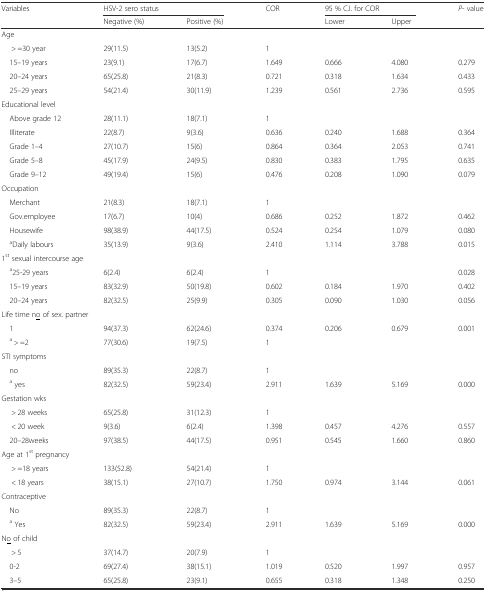
<table><thead><tr><td rowspan="2"><b>Variables</b></td><td colspan="2"><b>HSV-2 sero status</b></td><td rowspan="2"><b>COR</b></td><td colspan="2"><b>95 % C.I. for COR</b></td><td rowspan="2"><b><i>P</i>- value</b></td></tr><tr><td><b>Negative (%)</b></td><td><b>Positive (%)</b></td><td><b>Lower</b></td><td><b>Upper</b></td></tr></thead><tbody><tr><td colspan="7">Age</td></tr><tr><td>&gt; =30 year</td><td>29(11.5)</td><td>13(5.2)</td><td>1</td><td>[EMPTY_CELL]</td><td>[EMPTY_CELL]</td><td>[EMPTY_CELL]</td></tr><tr><td> 15–19 years</td><td>23(9.1)</td><td>17(6.7)</td><td>1.649</td><td>0.666</td><td>4.080</td><td>0.279</td></tr><tr><td> 20–24 years</td><td>65(25.8)</td><td>21(8.3)</td><td>0.721</td><td>0.318</td><td>1.634</td><td>0.433</td></tr><tr><td> 25–29 years</td><td>54(21.4)</td><td>30(11.9)</td><td>1.239</td><td>0.561</td><td>2.736</td><td>0.595</td></tr><tr><td colspan="7">Educational level</td></tr><tr><td> Above grade 12</td><td>28(11.1)</td><td>18(7.1)</td><td>1</td><td>[EMPTY_CELL]</td><td>[EMPTY_CELL]</td><td>[EMPTY_CELL]</td></tr><tr><td> Illiterate</td><td>22(8.7)</td><td>9(3.6)</td><td>0.636</td><td>0.240</td><td>1.688</td><td>0.364</td></tr><tr><td> Grade 1–4</td><td>27(10.7)</td><td>15(6)</td><td>0.864</td><td>0.364</td><td>2.053</td><td>0.741</td></tr><tr><td> Grade 5–8</td><td>45(17.9)</td><td>24(9.5)</td><td>0.830</td><td>0.383</td><td>1.795</td><td>0.635</td></tr><tr><td> Grade 9–12</td><td>49(19.4)</td><td>15(6)</td><td>0.476</td><td>0.208</td><td>1.090</td><td>0.079</td></tr><tr><td colspan="7">Occupation</td></tr><tr><td> Merchant</td><td>21(8.3)</td><td>18(7.1)</td><td>1</td><td>[EMPTY_CELL]</td><td>[EMPTY_CELL]</td><td>[EMPTY_CELL]</td></tr><tr><td> Gov.employee</td><td>17(6.7)</td><td>10(4)</td><td>0.686</td><td>0.252</td><td>1.872</td><td>0.462</td></tr><tr><td> Housewife</td><td>98(38.9)</td><td>44(17.5)</td><td>0.524</td><td>0.254</td><td>1.079</td><td>0.080</td></tr><tr><td> <sup>a</sup>Daily labours</td><td>35(13.9)</td><td>9(3.6)</td><td>2.410</td><td>1.114</td><td>3.788</td><td>0.015</td></tr><tr><td colspan="7">1<sup>st</sup> sexual intercourse age</td></tr><tr><td> <sup>a</sup>25-29 years</td><td>6(2.4)</td><td>6(2.4)</td><td>1</td><td>[EMPTY_CELL]</td><td>[EMPTY_CELL]</td><td>0.028</td></tr><tr><td> 15–19 years</td><td>83(32.9)</td><td>50(19.8)</td><td>0.602</td><td>0.184</td><td>1.970</td><td>0.402</td></tr><tr><td> 20–24 years</td><td>82(32.5)</td><td>25(9.9)</td><td>0.305</td><td>0.090</td><td>1.030</td><td>0.056</td></tr><tr><td colspan="7">Life time n<underline>o</underline> of sex. partner</td></tr><tr><td> 1</td><td>94(37.3)</td><td>62(24.6)</td><td>0.374</td><td>0.206</td><td>0.679</td><td>0.001</td></tr><tr><td> <sup>a</sup> &gt; =2</td><td>77(30.6)</td><td>19(7.5)</td><td>1</td><td>[EMPTY_CELL]</td><td>[EMPTY_CELL]</td><td>[EMPTY_CELL]</td></tr><tr><td colspan="7">STI symptoms</td></tr><tr><td> no</td><td>89(35.3)</td><td>22(8.7)</td><td>1</td><td>[EMPTY_CELL]</td><td>[EMPTY_CELL]</td><td>[EMPTY_CELL]</td></tr><tr><td> <sup>a</sup> yes</td><td>82(32.5)</td><td>59(23.4)</td><td>2.911</td><td>1.639</td><td>5.169</td><td>0.000</td></tr><tr><td colspan="7">Gestation wks</td></tr><tr><td>&gt; 28 weeks</td><td>65(25.8)</td><td>31(12.3)</td><td>1</td><td>[EMPTY_CELL]</td><td>[EMPTY_CELL]</td><td>[EMPTY_CELL]</td></tr><tr><td>&lt; 20 week</td><td>9(3.6)</td><td>6(2.4)</td><td>1.398</td><td>0.457</td><td>4.276</td><td>0.557</td></tr><tr><td> 20–28weeks</td><td>97(38.5)</td><td>44(17.5)</td><td>0.951</td><td>0.545</td><td>1.660</td><td>0.860</td></tr><tr><td colspan="7">Age at 1<sup>st</sup> pregnancy</td></tr><tr><td>&gt; =18 years</td><td>133(52.8)</td><td>54(21.4)</td><td>1</td><td>[EMPTY_CELL]</td><td>[EMPTY_CELL]</td><td>[EMPTY_CELL]</td></tr><tr><td>&lt; 18 years</td><td>38(15.1)</td><td>27(10.7)</td><td>1.750</td><td>0.974</td><td>3.144</td><td>0.061</td></tr><tr><td colspan="7">Contraceptive</td></tr><tr><td> No</td><td>89(35.3)</td><td>22(8.7)</td><td>1</td><td>[EMPTY_CELL]</td><td>[EMPTY_CELL]</td><td>[EMPTY_CELL]</td></tr><tr><td> <sup>a</sup> Yes</td><td>82(32.5)</td><td>59(23.4)</td><td>2.911</td><td>1.639</td><td>5.169</td><td>0.000</td></tr><tr><td colspan="7">N<underline>o</underline> of child</td></tr><tr><td>&gt; 5</td><td>37(14.7)</td><td>20(7.9)</td><td>1</td><td>[EMPTY_CELL]</td><td>[EMPTY_CELL]</td><td>[EMPTY_CELL]</td></tr><tr><td> 0-2</td><td>69(27.4)</td><td>38(15.1)</td><td>1.019</td><td>0.520</td><td>1.997</td><td>0.957</td></tr><tr><td> 3–5</td><td>65(25.8)</td><td>23(9.1)</td><td>0.655</td><td>0.318</td><td>1.348</td><td>0.250</td></tr></tbody></table>